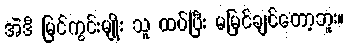
အဲဒီ မြင်ကွင်းမျိုး သူ ထပ်ပြီး မမြင်ချင်တော့ဘူး။